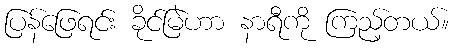
ပြန်ဖြေရင်း ခိုင်မြဲဟာ နာရီကို ကြည့်တယ်။